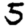
Digit: 5